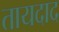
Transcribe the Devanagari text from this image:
तायदाद